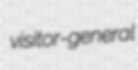
visitor-general